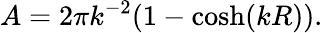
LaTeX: A=2\pi k^{-2}(1-\cosh(kR)).